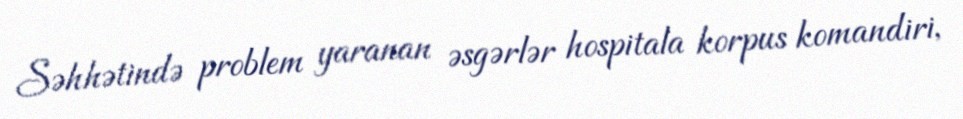
Səhhətində problem yaranan əsgərlər hospitala korpus komandiri,